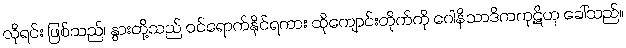
လိုရင်း ဖြစ်သည်၊ နွားတို့သည် ဝင်ရောက်နိုင်ရကား ထိုကျောင်းတိုက်ကို ဂေါနိသာဒိကကုဋိဟု ခေါ်သည်။